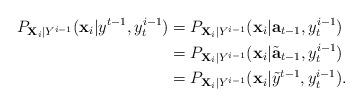
LaTeX: \begin{align*} P_{ {\bf X}_i| Y^{i-1}}( {\bf x}_i| y^{t-1}, y_t^{i-1}) &= P_{ {\bf X}_i| Y^{i-1}}( {\bf x}_i| {\bf a}_{t-1}, y_t^{i-1}) \\& = P_{ {\bf X}_i| Y^{i-1}}( {\bf x}_i| \tilde{ {\bf a}}_{t-1}, y_t^{i-1}) \\& =P_{ {\bf X}_i| Y^{i-1}}( {\bf x}_i| \tilde{y}^{t-1}, y_t^{i-1}). \end{align*}